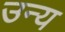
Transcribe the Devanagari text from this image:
उन्य